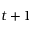
t + 1